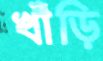
খাঁড়ি